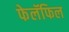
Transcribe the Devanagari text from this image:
फेलॅफिल